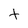
Character: T